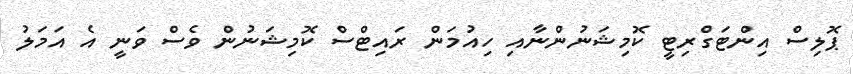
ޕޮލިސް އިންޓަގްރިޓީ ކޮމިޝަނުންނާއި ހިއުމަން ރައިޓްސް ކޮމިޝަނުން ވެސް ވަނީ އެ އަމަލު